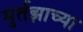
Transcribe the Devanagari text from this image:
मुर्तझाच्या